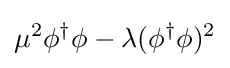
\mu ^{2}\phi ^{\dagger }\phi -\lambda (\phi ^{\dagger }\phi )^{2}